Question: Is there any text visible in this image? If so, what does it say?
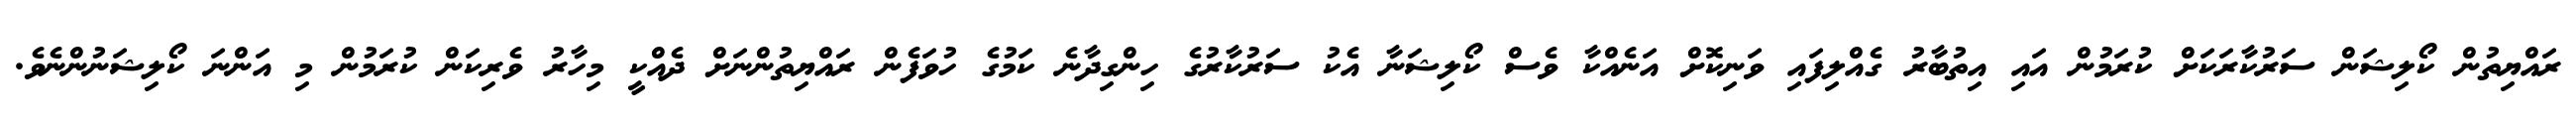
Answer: ރައްޔިތުން ކޯލިޝަން ސަރުކާރަކަށް ކުރަމުން އައި އިތުބާރު ގެއްލިފައި ވަނިކޮށް އަނެއްކާ ވެސް ކޯލިޝަނާ އެކު ސަރުކާރުގެ ހިންގިދާނެ ކަމުގެ ހުވަފެން ރައްޔިތުންނަށް ދެއްކީ މިހާރު ވެރިކަން ކުރަމުން މި އަންނަ ކޯލިޝަނުންނެވެ.